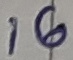
Text: 16